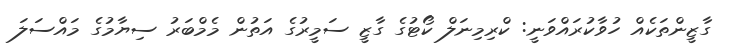
ގާޒީންތަކެއް ހުވާކުރައްވަނީ: ކްރިމިނަލް ކޯޓުގެ ގާޒީ ސަމީރުގެ އަތުން މެމްބަރު ސިޔާމުގެ މައްސަލަ